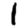
Digit: 1